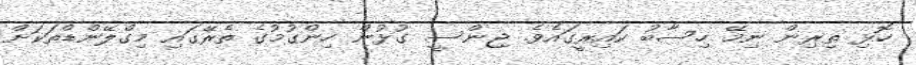
ހޮޅި ތިރިން ނިމޭ ހިސާބު ކައިރީގައެވެ. ޖިންސީ ގުޅުން ހިންގުމުގެ ތެރޭގައި މިގްލޭންޑްތަކަށް